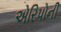
એરિપોની